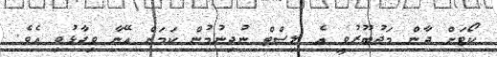
ކޯޓަށް ދާން މަޖުބޫރުވީ އެ ލިސްޓް ނުދިނުމުން ކަމަށް އޭނާ ވިދާޅުވި އެވެ.